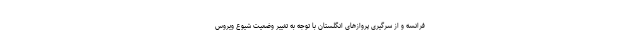
فرانسه و از سرگیری پروازهای انگلستان با توجه به تغییر وضعیت شیوع ویروس